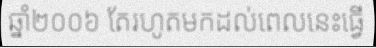
ឆ្នាំ២០០៦ តែរហូតមកដល់ពេលនេះធ្វើ